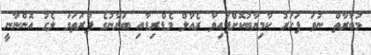
މުބާރާތް ނުވަ ފަހަރު ކާމިޔާބުކޮށްފައިވާ ރެއާލް މެޑްރިޑާއި ބަޔާނުގެ ފުރަތަމަ ލެގު އޮންނާނީ